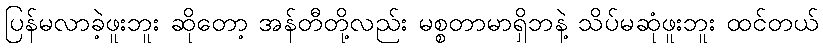
ပြန်မလာခဲ့ဖူးဘူး ဆိုတော့ အန်တီတို့လည်း မစ္စတာမာရှိဘနဲ့ သိပ်မဆုံဖူးဘူး ထင်တယ်